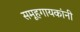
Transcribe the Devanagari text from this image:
समूहगायकांनी